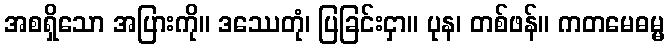
အစရှိသော အပြားကို။ ဒဿေတုံ၊ ပြခြင်းငှာ။ ပုန၊ တစ်ဖန်။ ကတမေဓမ္မ